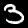
Digit: 3